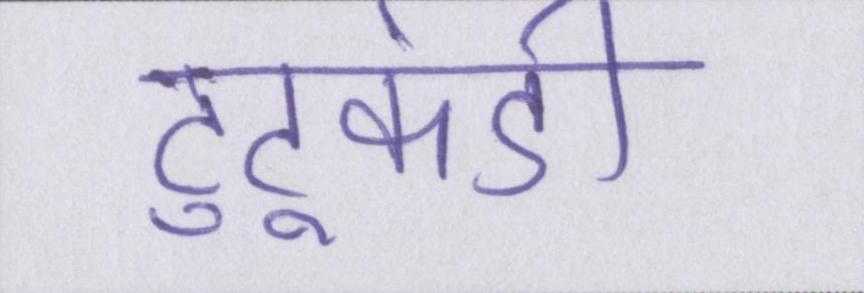
टुटूकंडी